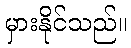
မှားနိုင်သည်။